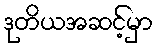
ဒုတိယအဆင့်မှာ